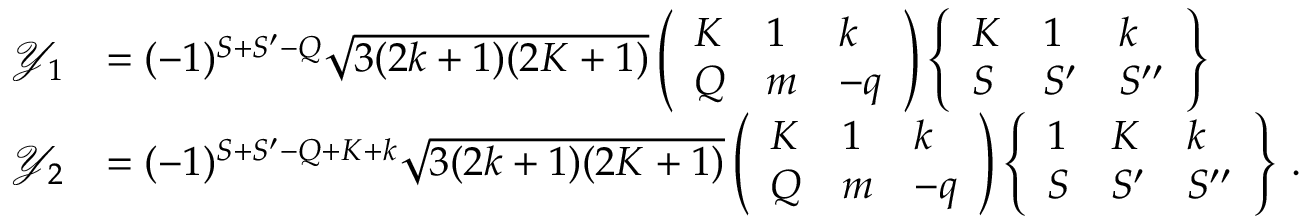
\begin{array} { r l } { \mathcal { Y } _ { 1 } } & { = ( - 1 ) ^ { S + S ^ { \prime } - Q } \sqrt { 3 ( 2 k + 1 ) ( 2 K + 1 ) } \left( \begin{array} { l l l } { K } & { 1 } & { k } \\ { Q } & { m } & { - q } \end{array} \right) \left\{ \begin{array} { l l l } { K } & { 1 } & { k } \\ { S } & { S ^ { \prime } } & { S ^ { \prime \prime } } \end{array} \right\} } \\ { \mathcal { Y } _ { 2 } } & { = ( - 1 ) ^ { S + S ^ { \prime } - Q + K + k } \sqrt { 3 ( 2 k + 1 ) ( 2 K + 1 ) } \left( \begin{array} { l l l } { K } & { 1 } & { k } \\ { Q } & { m } & { - q } \end{array} \right) \left\{ \begin{array} { l l l } { 1 } & { K } & { k } \\ { S } & { S ^ { \prime } } & { S ^ { \prime \prime } } \end{array} \right\} \, . } \end{array}